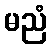
မညံ